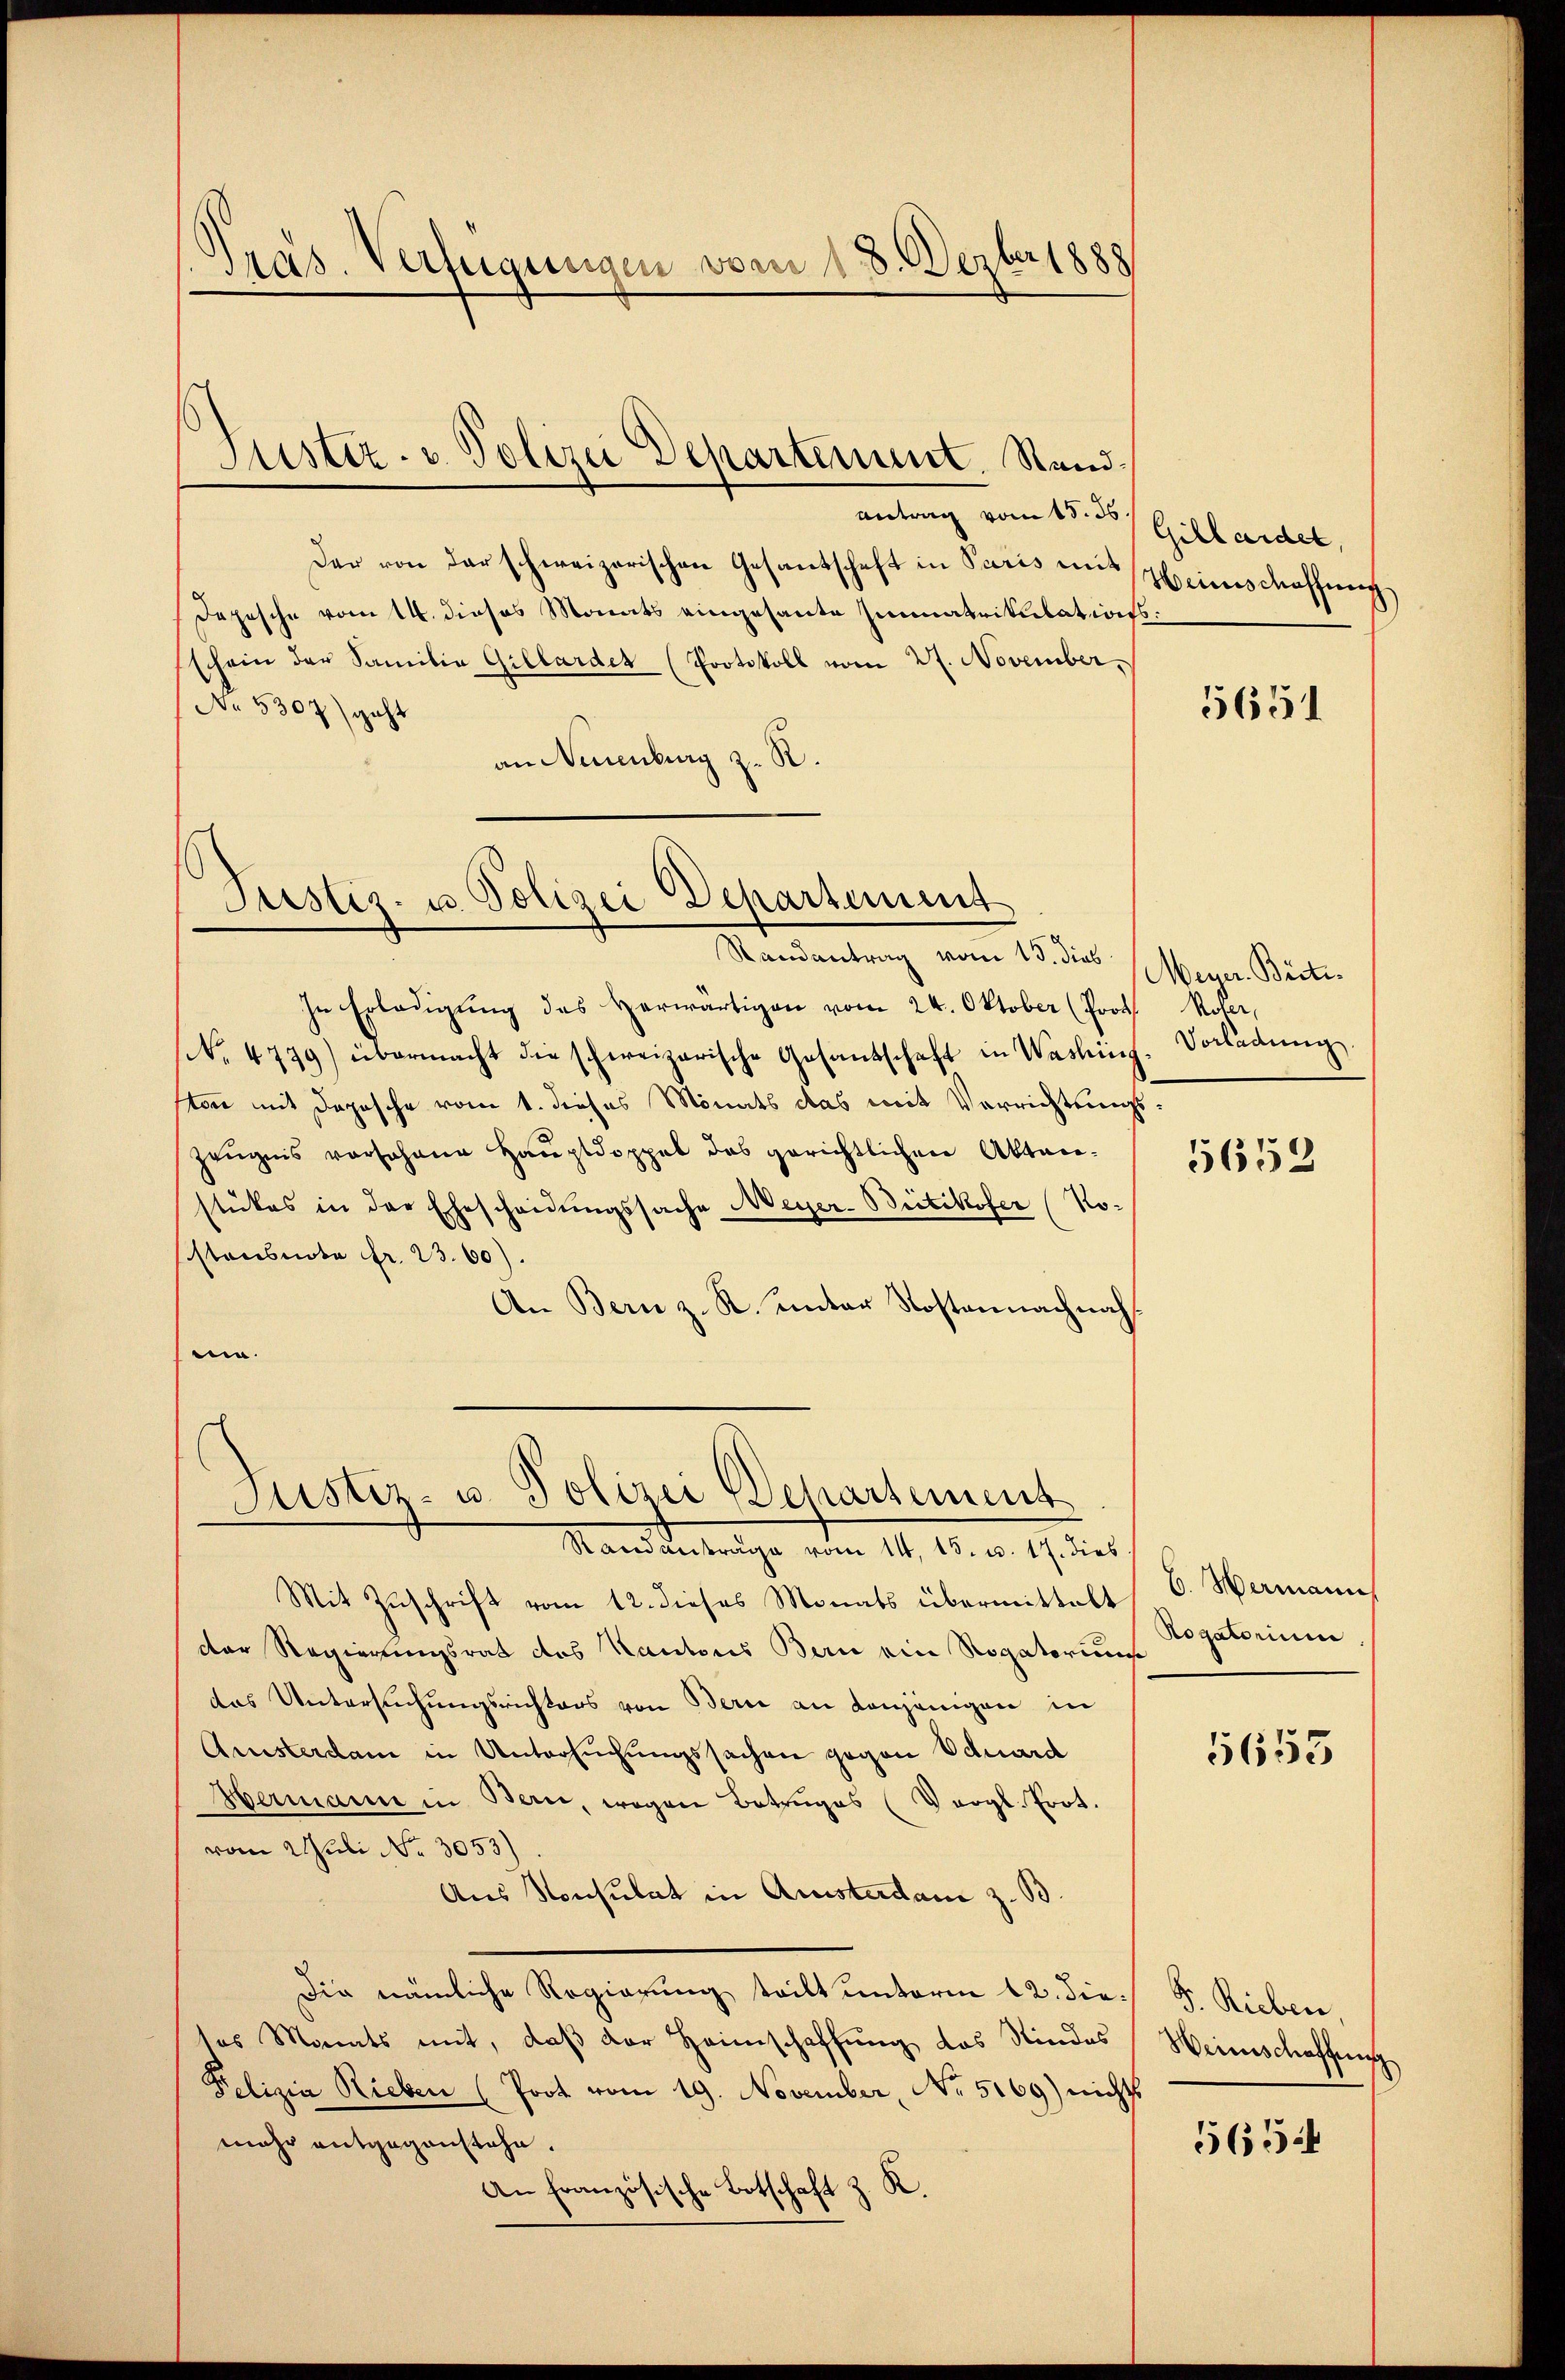
Präs. Verfügungen vom 18. Dezbr 1888

Justiz- u. Polizei Departement. Sand¬

Antrag vom 15. ds.
Der von der schweizerischen Gesantschaft in Paris ein Heinschaffung
Depesche vom 14. dieses Monats eingesante Immatrikulationsschein der Familia Gillardet (Protokoll vom 27. November.
No 5307) geht
an Neuenburg z. R.

Justiz- u. Polizei Departement
Randantrag vom 13. dies

Justiz- u. Polizei Departement

In Erledigŭng des herwärtigen vom 24. Oktober (Proth Roser,
No. 4739) übermacht die schweizerische Gesandschaft in Washing-Vorladŭng.
ston mit Depesche vom 1. dieses Monats das mit Verrichtungs¬
Zeugnis vorsehene Hauptdoppel das gerichtlichen Aktaie-
stükes in der Ehescheidŭngssache Meyer-Britikofer (No-
stoubnote fr. 23. 60).
An Bern z. R. unter Kostennachnah
e.

Standensricht vom 14. 15. v. 17. dies
Mit Zuschrift vom 12. dieses Monats übermittelt
der Regierungsrat des Kantons Bern eine Rogatorium
das Untersuchungsrichters von Bern an denjenigen in
Qristerdam in Untersuchungssachen gegen Eduard
Hermann in Bern, wegen Betruges (Vergl. Prot.
vom 2 Juli No 3053)
Aus Konsulat in Aussterdan z. B.
Die nämliche Regierung teilt unterm 12. die F. Rieben,
tes Monats mit, daß der Heimschaffung das Kindes
Pelizia Rieben (Prot vom 19. November, No. 5169) nichts
mehr entgegenstehe.
An französische Botschaft z. K.

Gillaidet,

5651

Meyer Besti

5653

6. Hermanns
Rogatorium

5653

Weinschaffung

5654